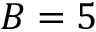
B = 5